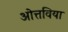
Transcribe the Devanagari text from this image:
ओत्तविया